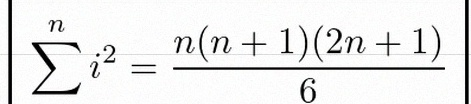
\sum_{i=1}^{n}i^2=\frac{n(n+1)(2n+1)}6